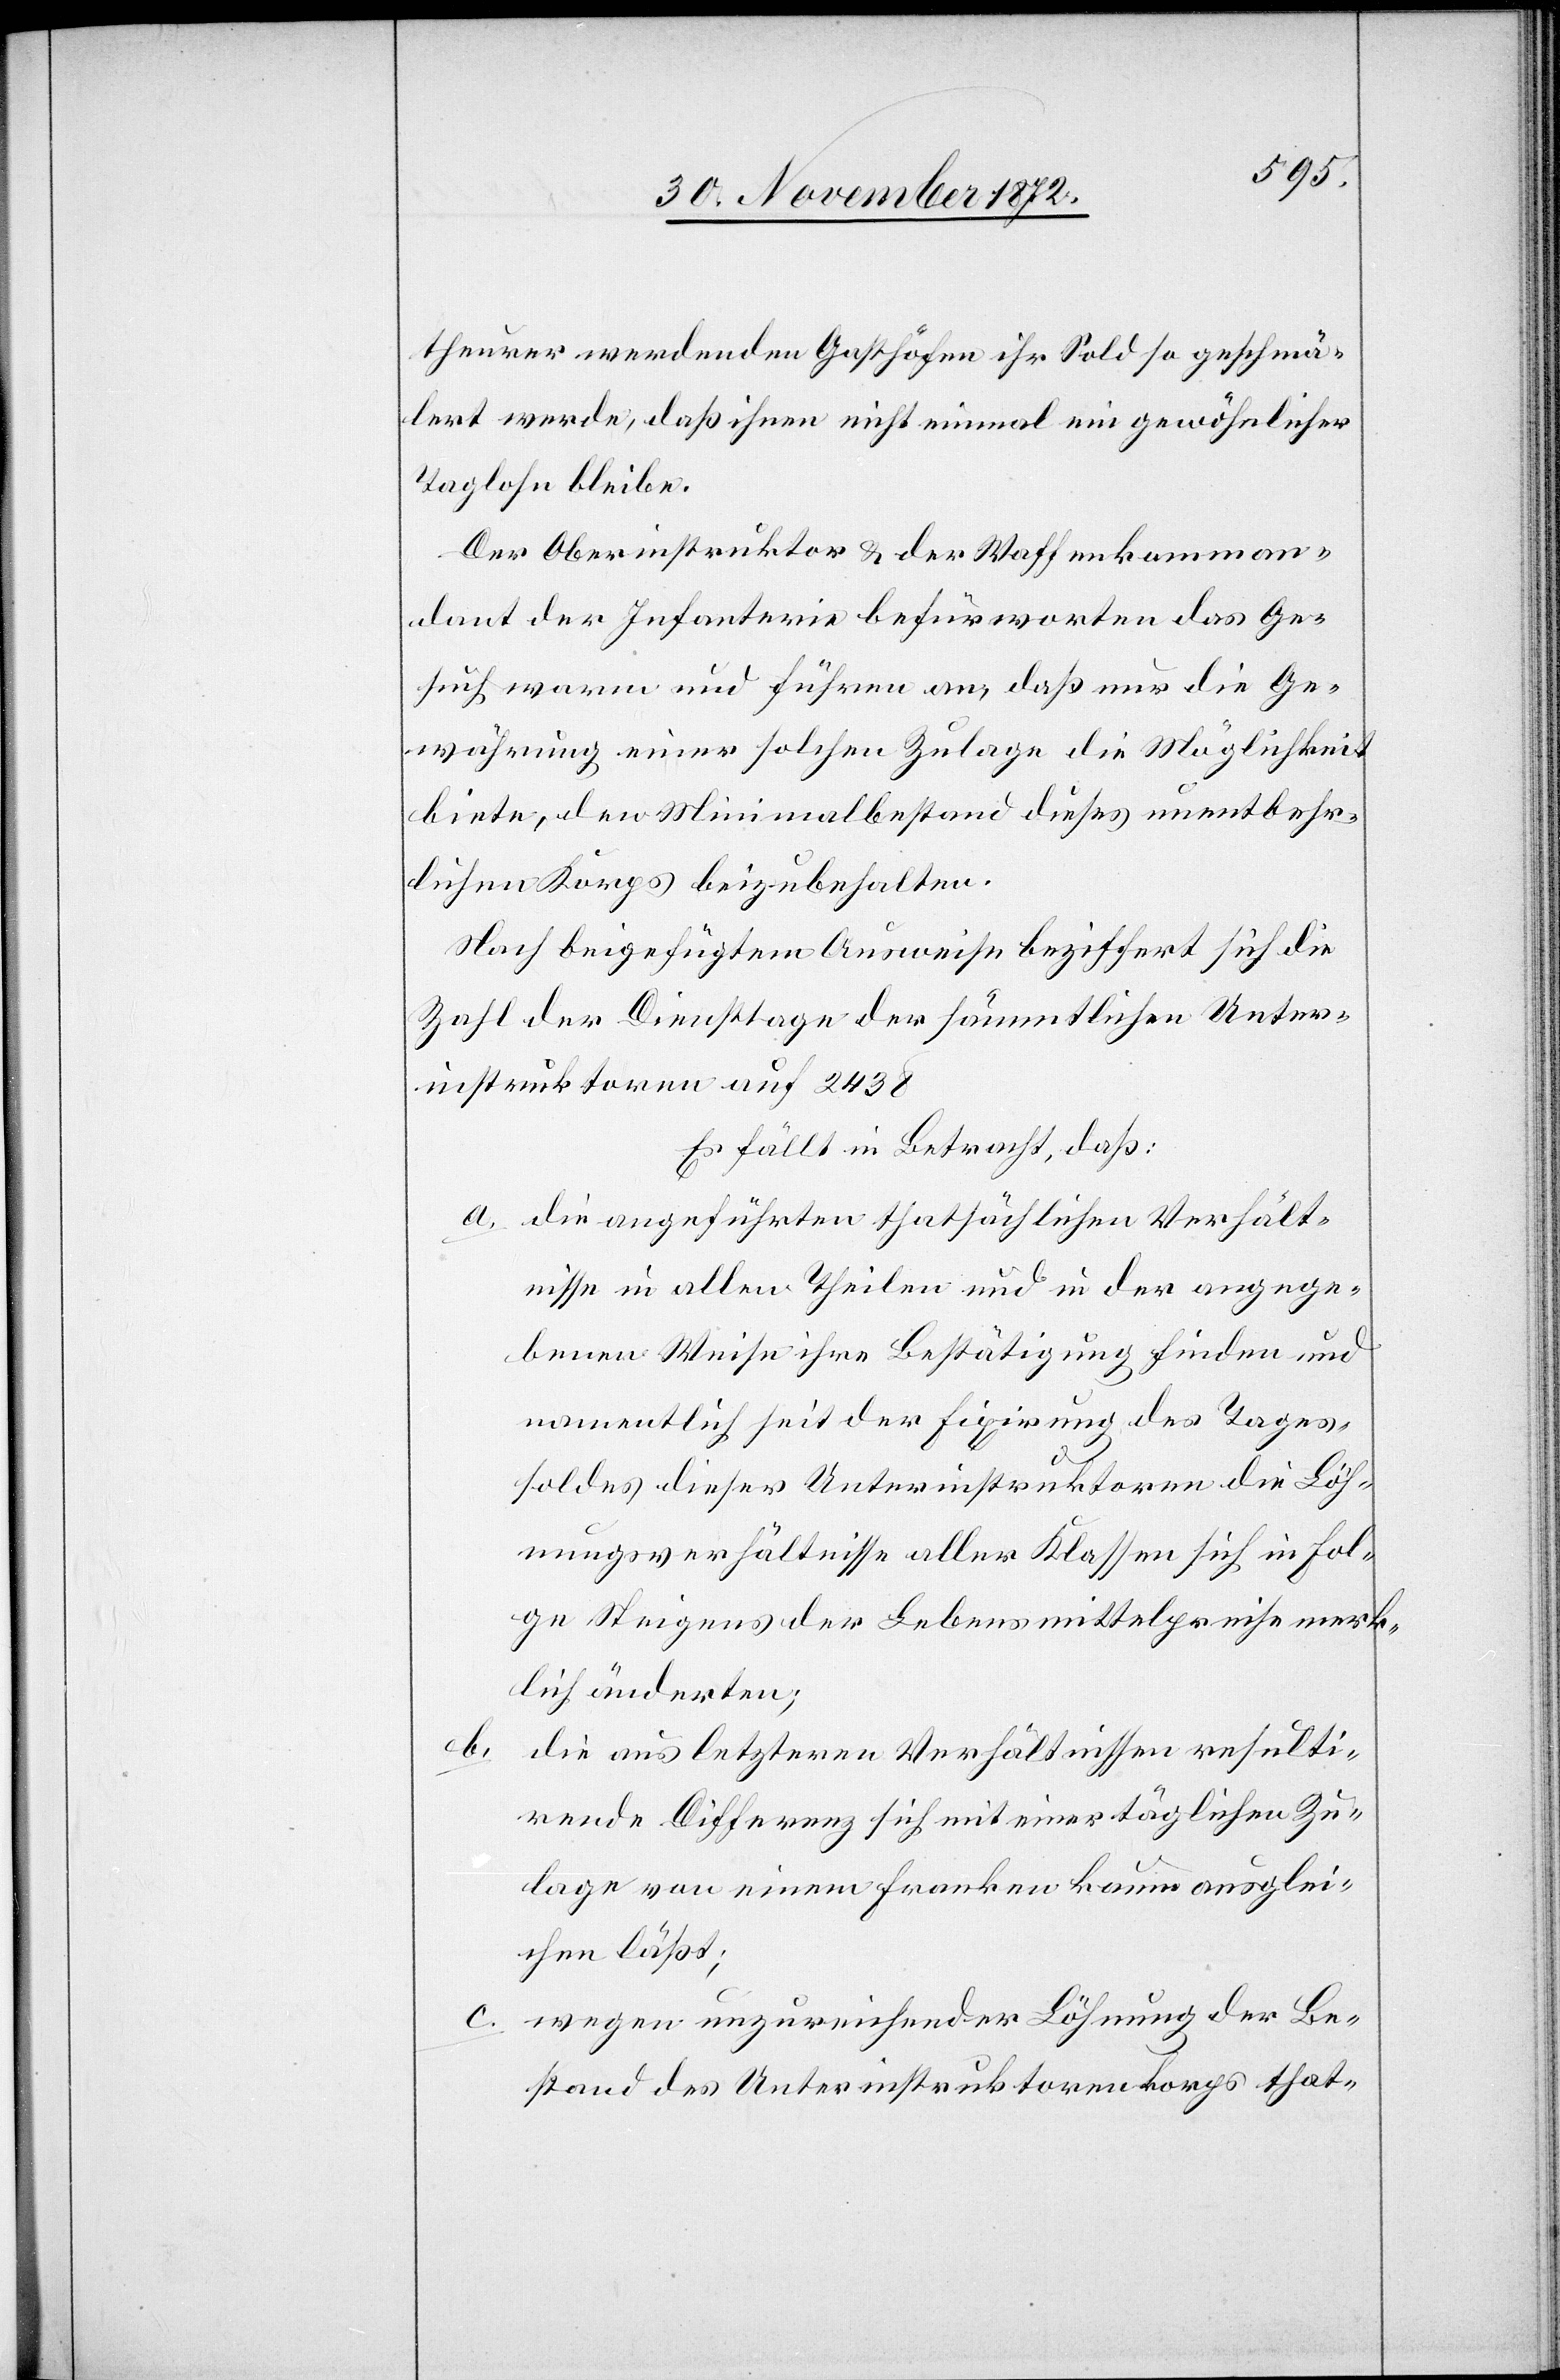
theurer werdenden Gasthöfen ihr Sold so geschmä¬
lert werde, daß ihnen nicht einmal ein gewöhnlicher
Taglohn bleibe.
Der Oberinstruktor u. der Waffenkomman¬
dant der Infanterie befürworten das Ge¬
such warm und führen an, daß nur die Ge¬
währung einer solchen Zulage die Möglichkeit
biete, den Minimalbestand dieses unentbehr¬
lichen Korps beizubehalten.
Nach beigefügtem Ausweise beziffert sich die
Zahl der Diensttage der sämmtlichen Unter¬
instruktoren auf 2 438.
Es fällt in Betracht, daß:
a. die angeführten thatsächlichen Verhält¬
nisse in allen Theilen und in der angege¬
benen Weise ihre Bestätigung finden und
namentlich seit der Fixirung des Tages¬
soldes dieser Unterinstruktoren die Löh¬
nungsverhältnisse aller Klassen sich in Fol¬
ge Steigens der Lebensmittelpreise merk¬
lich änderten;
b.
die aus letzteren Verhältnissen resulti¬
rende Differenz sich mit einer täglichen Zu¬
lage von einem Franken kaum ausglei¬
chen lässt;
wegen unzureichender Löhnung der Be¬
stand des Unterinstruktorenkorps that-